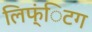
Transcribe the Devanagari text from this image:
लिफ्ंिटग